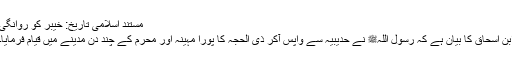
مستند اسلامی تاریخ: خیبر کو روانگی
ابن اسحاق کا بیان ہے کہ رسول اللہﷺ نے حدیبیہ سے واپس آکر ذی الحجہ کا پورا مہینہ اور محرم کے چند دن مدینے میں قیام فرمایا۔